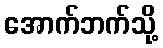
အောက်ဘက်သို့